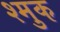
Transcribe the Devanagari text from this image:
श्मुक